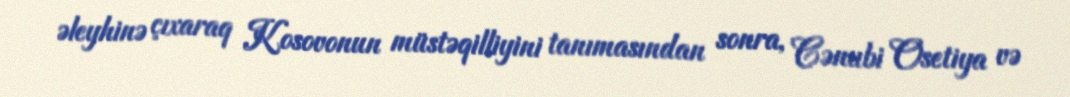
əleyhinə çıxaraq Kosovonun müstəqilliyini tanımasından sonra, Cənubi Osetiya və